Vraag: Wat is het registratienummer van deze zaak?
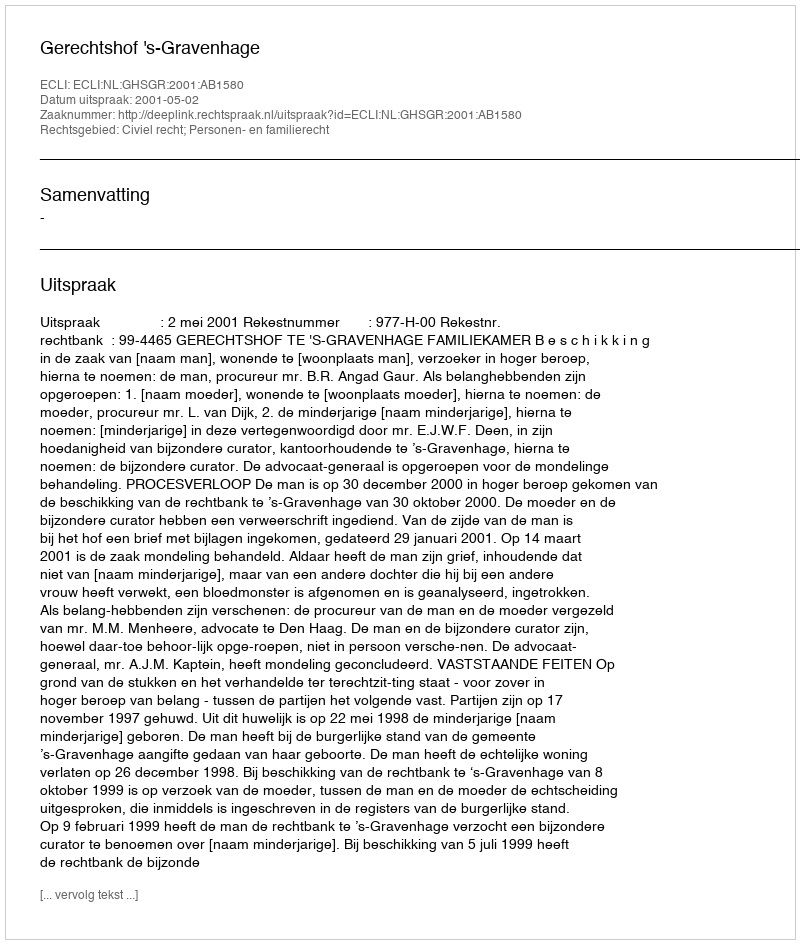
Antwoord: http://deeplink.rechtspraak.nl/uitspraak?id=ECLI:NL:GHSGR:2001:AB1580